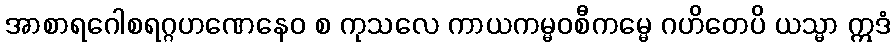
အာစာရဂေါစရဂ္ဂဟဏေနေဝ စ ကုသလေ ကာယကမ္မဝစီကမ္မေ ဂဟိတေပိ ယသ္မာ ဣဒံ